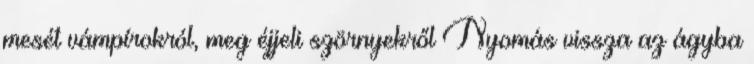
mesét vámpírokról, meg éjjeli szörnyekről Nyomás vissza az ágyba